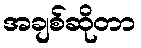
အချစ်ဆိုတာ